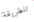
للطريقة